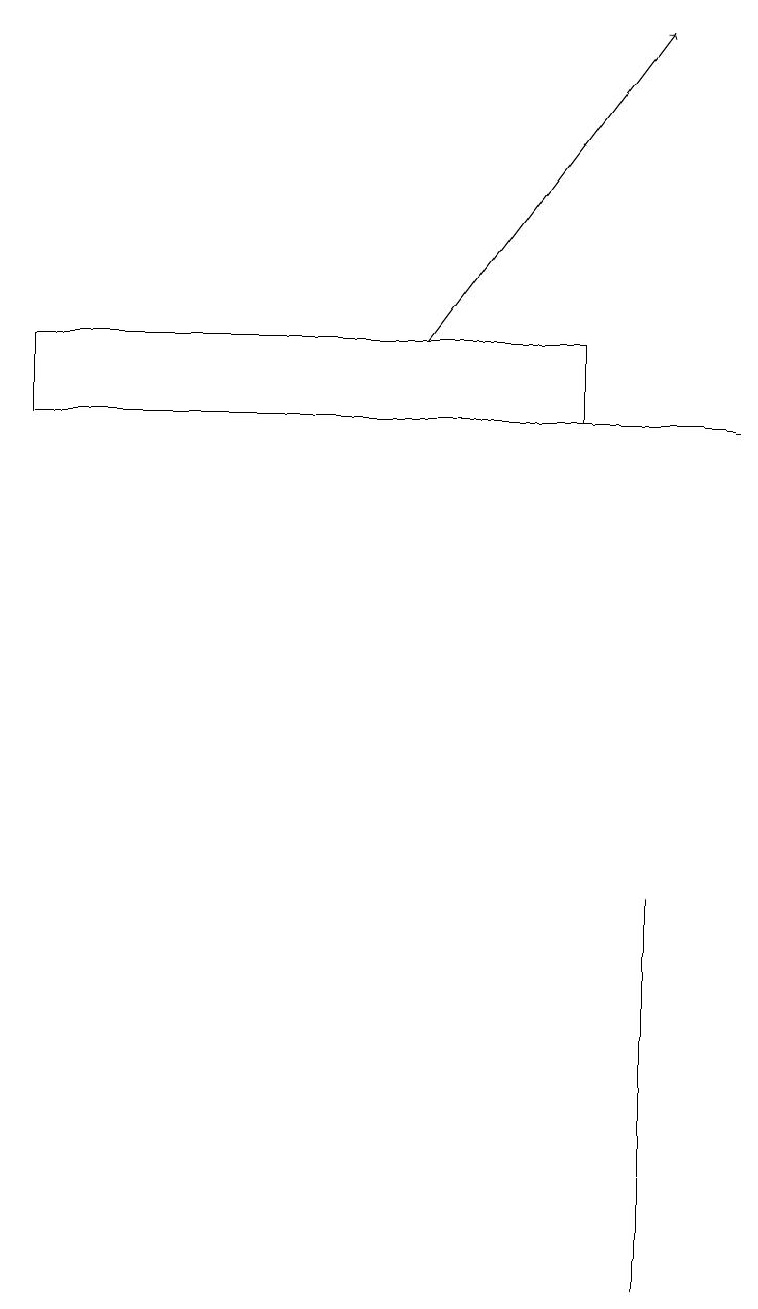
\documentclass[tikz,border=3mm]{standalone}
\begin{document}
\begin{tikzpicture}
\draw (9,13) rectangle (2,13);
\draw (2,13) rectangle (8,13);
\draw[->] (5,14) -- (8,18);
\draw (8,2) -- (8,7) -- (8,7) -- cycle;
\draw (7,14) rectangle (0,13);
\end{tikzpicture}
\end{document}